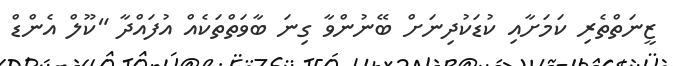
ޒީނަތްތެރި ކަމަށާއި ކުޑަކުދިނަށް ބޭނުންވާ ގިނަ ބާވަތްތަކެއް އުފައްދާ "ކޫލް އެންޑް